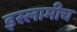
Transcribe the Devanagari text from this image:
इस्लामीच